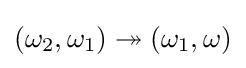
(\omega _{2},\omega _{1})\twoheadrightarrow (\omega _{1},\omega )